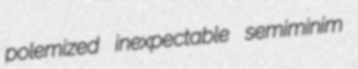
polemized inexpectable semiminim